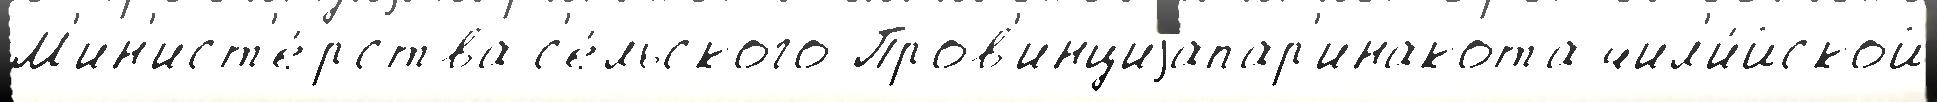
М'ин'ист'е́рства с'е́льского Пров'инциjапар'инакота чил'и́йской